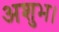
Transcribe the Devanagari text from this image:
अशुभ।